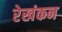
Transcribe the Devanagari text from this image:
रेखंकन